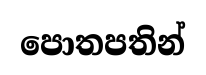
පොතපතින්